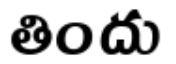
తిందు